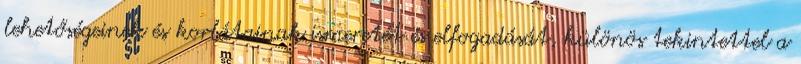
lehetőségeinek és korlátainak ismeretét és elfogadását, különös tekintettel a